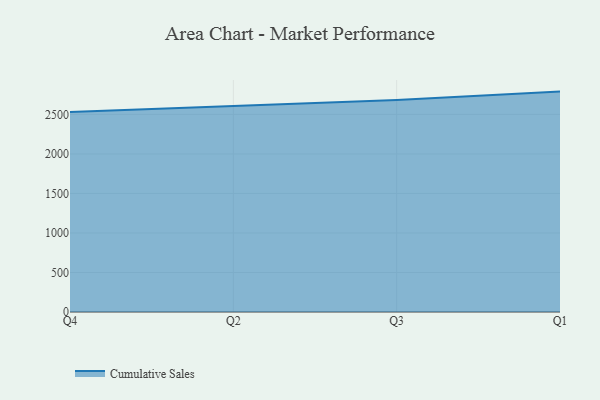
{"axis": {"x": "Quarter", "y": "Bounce Rate (%)"}, "legend": ["Cumulative Sales"], "data": [{"x": "Q4", "y": 2530.2, "type": "Cumulative Sales"}, {"x": "Q2", "y": 2605.3, "type": "Cumulative Sales"}, {"x": "Q3", "y": 2682.2, "type": "Cumulative Sales"}, {"x": "Q1", "y": 2788.9, "type": "Cumulative Sales"}]}